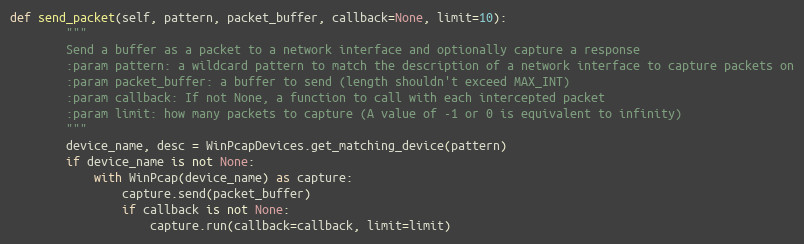
Language: Python
def send_packet(self, pattern, packet_buffer, callback=None, limit=10):
        """
        Send a buffer as a packet to a network interface and optionally capture a response
        :param pattern: a wildcard pattern to match the description of a network interface to capture packets on
        :param packet_buffer: a buffer to send (length shouldn't exceed MAX_INT)
        :param callback: If not None, a function to call with each intercepted packet
        :param limit: how many packets to capture (A value of -1 or 0 is equivalent to infinity)
        """
        device_name, desc = WinPcapDevices.get_matching_device(pattern)
        if device_name is not None:
            with WinPcap(device_name) as capture:
                capture.send(packet_buffer)
                if callback is not None:
                    capture.run(callback=callback, limit=limit)